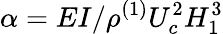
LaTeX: \alpha=EI/\rho^{(1)}U_{c}^{2}H_{1}^{3}